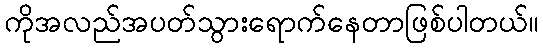
ကိုအလည်အပတ်သွားရောက်နေတာဖြစ်ပါတယ်။